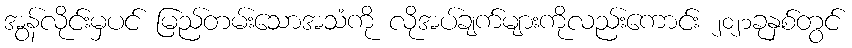
အွန်လိုင်းမှပင် မြည်တမ်းသောအသံကို လိုအပ်ချက်များကိုလည်းကောင်း ၂၀၂၁ခုနှစ်တွင်